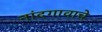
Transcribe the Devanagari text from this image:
नांदगावाचे